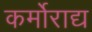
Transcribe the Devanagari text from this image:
कर्मोराद्य